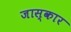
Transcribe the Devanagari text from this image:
जास्कार